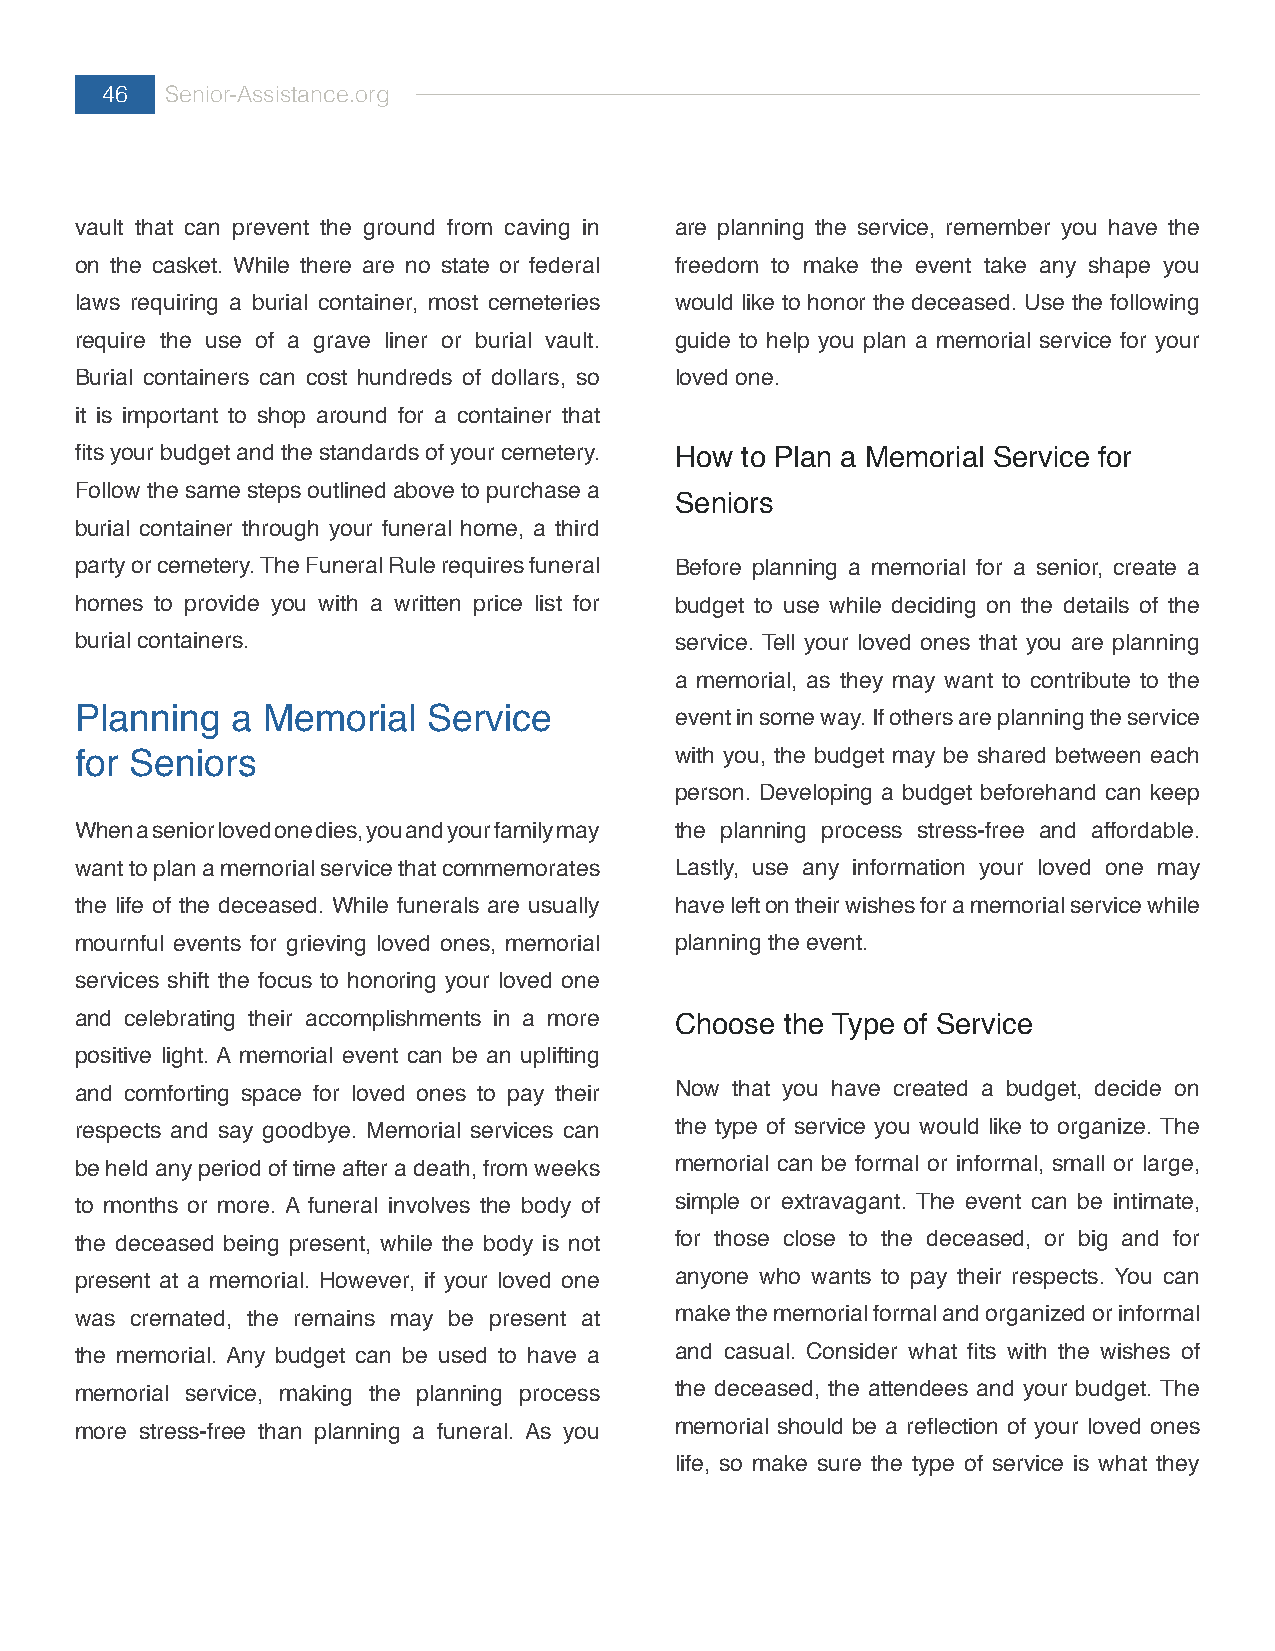
46  Senior-Assistance.org
 vault that can prevent the ground from caving in are planning the service, remember you have the
 on the casket. While there are no state or federal freedom to make the event take any shape you
 laws requiring a burial container, most cemeteries would like to honor the deceased. Use the following
 require the use of a grave liner or burial vault. guide to help you plan a memorial service for your
 Burial containers can cost hundreds of dollars, so loved one.
 it is important to shop around for a container that
 fits your budget and the standards of your cemetery. How to Plan a Memorial Service for
 Follow the same steps outlined above to purchase a
 Seniors
 burial container through your funeral home, a third
 party or cemetery. The Funeral Rule requires funeral Before planning a memorial for a senior, create a
 homes to provide you with a written price list for budget to use while deciding on the details of the
 burial containers.                      service. Tell your loved ones that you are planning
 a memorial, as they may want to contribute to the
 Planning  a Memorial   Service          event in some way. If others are planning the service
 for Seniors                             with you, the budget may be shared between each
 person. Developing a budget beforehand can keep
 When a senior loved one dies, you and your family may the planning process stress-free and affordable.
 want to plan a memorial service that commemorates Lastly, use any information your loved one may
 the life of the deceased. While funerals are usually have left on their wishes for a memorial service while
 mournful events for grieving loved ones, memorial planning the event.
 services shift the focus to honoring your loved one
 and celebrating their accomplishments in a more Choose the Type of Service
 positive light. A memorial event can be an uplifting
 and comforting space for loved ones to pay their Now that you have created a budget, decide on
 respects and say goodbye. Memorial services can the type of service you would like to organize. The
 be held any period of time after a death, from weeks memorial can be formal or informal, small or large,
 to months or more. A funeral involves the body of simple or extravagant. The event can be intimate,
 the deceased being present, while the body is not for those close to the deceased, or big and for
 present at a memorial. However, if your loved one anyone who wants to pay their respects. You can
 was cremated, the remains may be present at make the memorial formal and organized or informal
 the memorial. Any budget can be used to have a and casual. Consider what fits with the wishes of
 memorial service, making the planning process the deceased, the attendees and your budget. The
 more stress-free than planning a funeral. As you memorial should be a reflection of your loved ones
 life, so make sure the type of service is what they